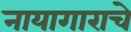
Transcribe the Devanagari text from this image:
नायागाराचे